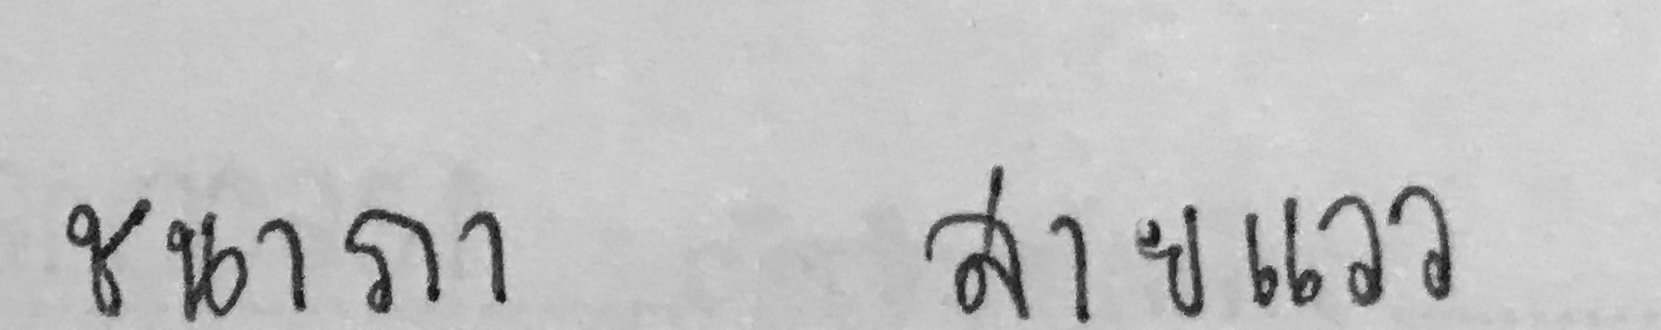
ชนาภา สายแวว